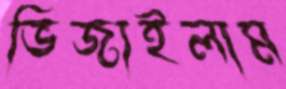
ভিজাইলাম